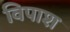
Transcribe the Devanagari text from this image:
विपाश